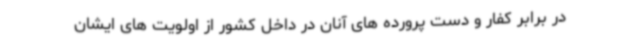
در برابر کفار و دست پرورده های آنان در داخل کشور از اولویت های ایشان